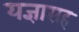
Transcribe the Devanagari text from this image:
यज्ञासह